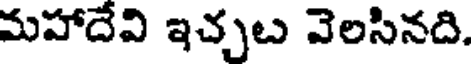
మహాదేవి ఇచ్చట వెలసినది.